Document type: Act of concord
Year: 1255
Scribe: Pere de Terme
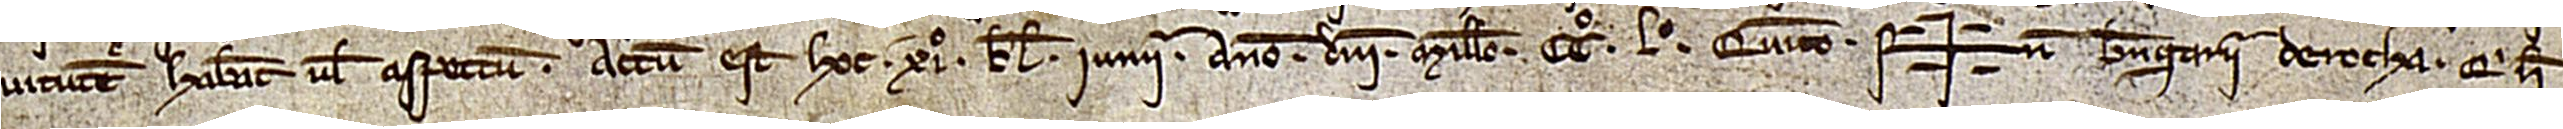
vitutem habeant vel aspectum.  Actum est hoc XIº kalendas iunii, anno Domini millesimo CCº Lº quinto.  Sig+num Berengarii de Rocha, qui hec